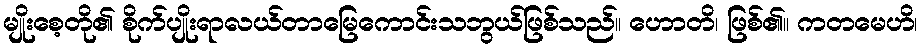
မျိုးစေ့တို၏ စိုက်ပျိုးရာလယ်တာမြေကောင်းသဘွယ်ဖြစ်သည်။ ဟောတိ၊ ဖြစ်၏။ ကတမေဟိ၊